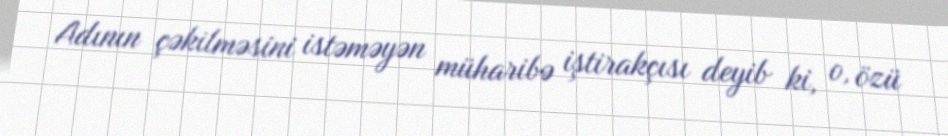
Adının çəkilməsini istəməyən müharibə iştirakçısı deyib ki, o, özü